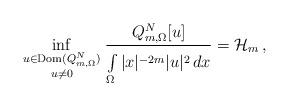
LaTeX: \begin{align*}\inf_{\scriptstyle u\in{\rm Dom}(Q_{m,\Omega}^N)\atop \scriptstyle u\neq 0}\frac{Q_{m,\Omega}^N[u]}{\int\limits_{\Omega}^{\vphantom{.}}|x|^{-2m}|u|^2\,dx}={\cal H}_m~\!,\end{align*}